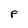
Character: F